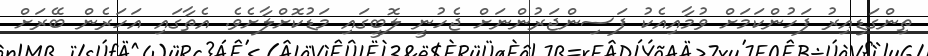
ތިންގަޑިއިރު ފަހުންކަމަށް ވުމާއިއެކު ފަސިންޖަރުންނަށް ޖެހުނީ ލޮބީގައި މަޑުކޮށްލާށެވެ. އެތާގައި އަހަރެން ބޭރަށް